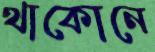
থাকোনে